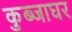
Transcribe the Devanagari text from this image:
कुब्जाघर